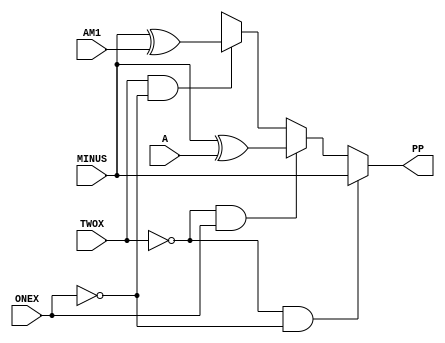
//------------------------------------------------------
// Copyright 1992, 1993 Cascade Design Automation Corporation.
//------------------------------------------------------
module dpboothmux(A,AM1,MINUS,ONEX,TWOX,PP);
  parameter BIT = 0;
  parameter COLINST = "0";
  parameter GROUP = "dpath1";
  parameter
        d_A_r = 0,
        d_A_f = 0,
        d_AM1_r = 0,
        d_AM1_f = 0,
        d_MINUS_r = 0,
        d_MINUS_f = 0,
        d_ONEX_r = 0,
        d_ONEX_f = 0,
        d_TWOX_r = 0,
        d_TWOX_f = 0,
        d_PP_r = 1,
        d_PP_f = 1;
  input  A;
  input  AM1;
  input  MINUS;
  input  ONEX;
  input  TWOX;
  output  PP;
  wire  A_temp;
  wire  AM1_temp;
  wire  MINUS_temp;
  wire  ONEX_temp;
  wire  TWOX_temp;
  reg  PP_temp;
  assign #(d_A_r,d_A_f) A_temp = A;
  assign #(d_AM1_r,d_AM1_f) AM1_temp = AM1;
  assign #(d_MINUS_r,d_MINUS_f) MINUS_temp = MINUS;
  assign #(d_ONEX_r,d_ONEX_f) ONEX_temp = ONEX;
  assign #(d_TWOX_r,d_TWOX_f) TWOX_temp = TWOX;
  assign #(d_PP_r,d_PP_f) PP = PP_temp;
  always
    @(A_temp or AM1_temp or MINUS_temp or ONEX_temp or TWOX_temp)
      begin
      if(((TWOX_temp == 1'b0) && (ONEX_temp == 1'b0)))
        PP_temp = MINUS_temp;
      else      if(((TWOX_temp == 1'b0) && (ONEX_temp == 1'b1)))
        PP_temp = (MINUS_temp ^ A_temp);
      else      if(((TWOX_temp == 1'b1) && (ONEX_temp == 1'b0)))
        PP_temp = (MINUS_temp ^ AM1_temp);
      else
        PP_temp = 128'bx;
      end
endmodule